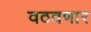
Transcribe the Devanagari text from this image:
वठवणार